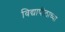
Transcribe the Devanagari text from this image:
विद्यापीठाच्‍या